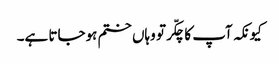
کیونکہ آپ کا چکّر تو وہاں ختم ہوجاتا ہے۔